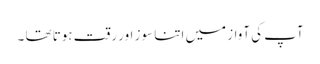
آپ کی آواز میں اتنا سوز اور رقت ہوتا تھا ۔